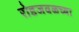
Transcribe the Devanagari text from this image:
रोडजवळच्या